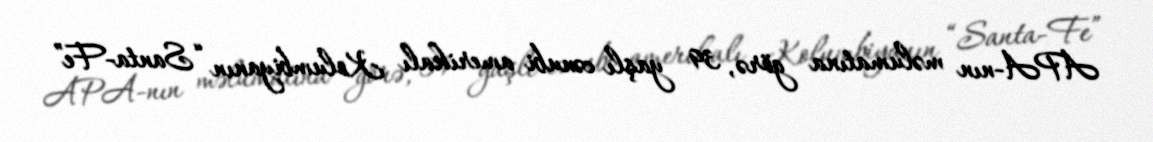
APA-nın məlumatına görə, 39 yaşlı cənubi amerikalı Kolumbiyanın “Santa-Fe”